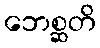
ဘေစ္ဆတိ